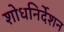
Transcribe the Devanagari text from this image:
शोधनिर्देशन